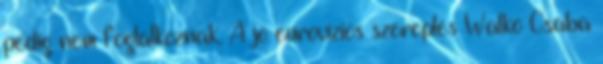
pedig nem foglalkoznak. A jó eurovíziós szereplés Walkó Csaba